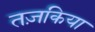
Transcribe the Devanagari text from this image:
तज़किया